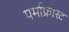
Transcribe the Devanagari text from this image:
पर्माफ्रोस्ट